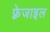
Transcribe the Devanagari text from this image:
फ़्रेजाइल